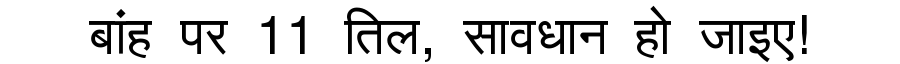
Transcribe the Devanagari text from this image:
बांह पर 11 तिल, सावधान हो जाइए!